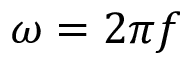
\omega = 2 \pi f